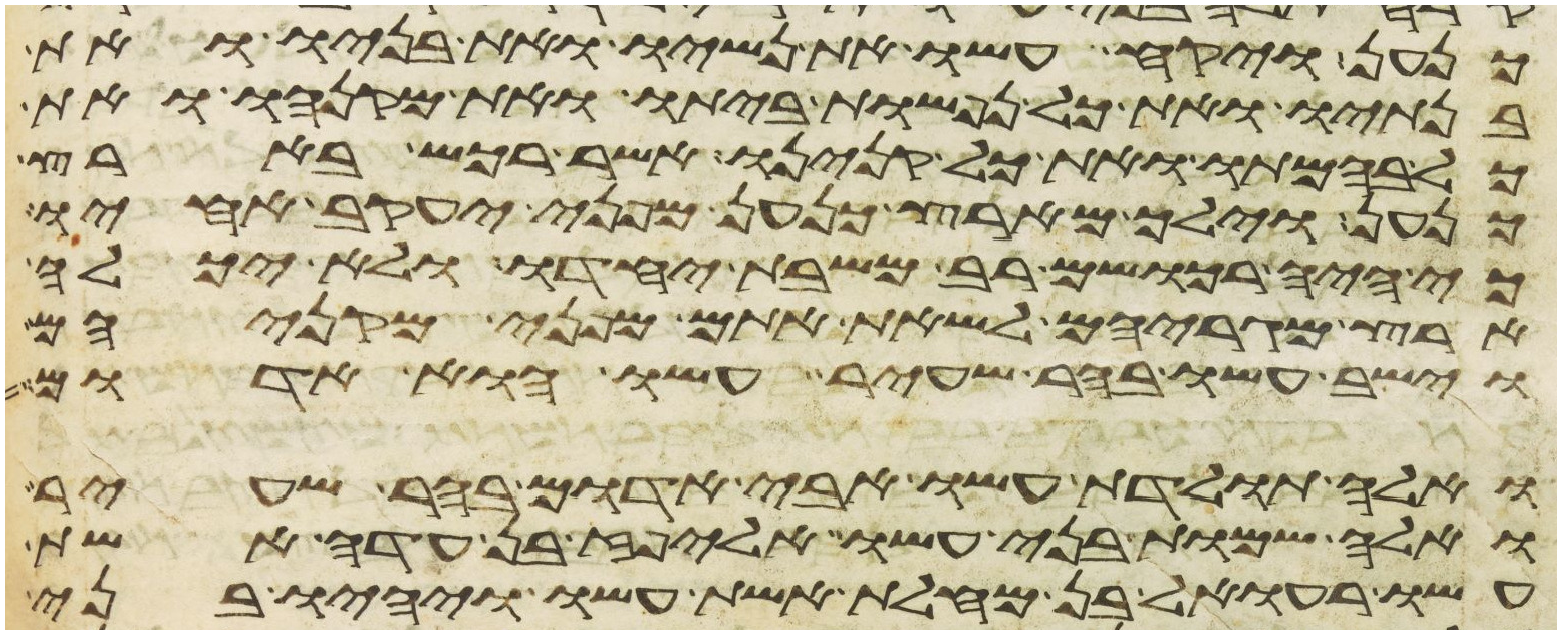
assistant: כנען ויקח עשו את נשיו ואת בניו ואת
בנתיו ואת כל נפשות ביתו ואת מקנהו ואת
כל בהמתו ואת כל קנינו אשר רכש בארץ
כנען וילך מארץ כנען מפני יעקב אחיו
כי היה רכושם רב משבת יחדו ולא יכלה
ארץ מגריהם לשאת אתם מפני מקניהם
וישב עשו בהר שעיר עשו הוא אדום
ואלה תולדת עשו אבי אדום בהר שעיר
ואלה שמות בני עשו אליפז בן עדה אשת
עשו רעואל בן מחלת אשת עשו ויהיו בני